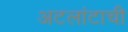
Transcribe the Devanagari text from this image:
अटलांटाची